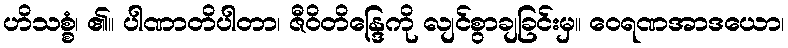
ဟိသစ္စံ၊ ၏။ ပါဏာတိပါတာ၊ ဇီဝိတိန္ဒြေကို လျင်စွာချခြင်းမှ။ ဝေရဏအာဒယော၊